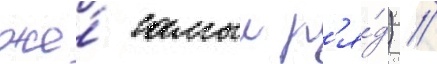
же́ самыи р'я́д) //